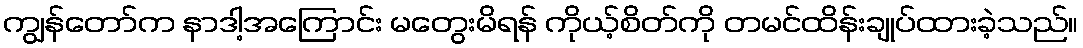
ကျွန်တော်က နာဒါ့အကြောင်း မတွေးမိရန် ကိုယ့်စိတ်ကို တမင်ထိန်းချုပ်ထားခဲ့သည်။